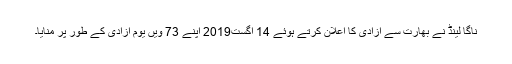
ناگا لینڈ نے بھارت سے آزادی کا اعلان کرتے ہوئے 14 اگست2019 اپنے 73 ویں یوم آزادی کے طور پر منایا۔